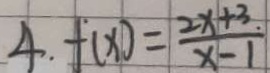
4 . f ( x ) = \frac { 2 x + 3 . } { x - 1 }